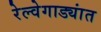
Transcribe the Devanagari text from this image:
रेल्वेगाड्यांत